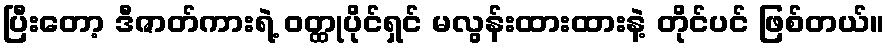
ပြီးတော့ ဒီဇာတ်ကားရဲ့ ဝတ္ထုပိုင်ရှင် မလွန်းထားထားနဲ့ တိုင်ပင် ဖြစ်တယ်။